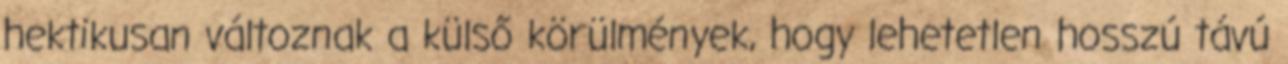
hektikusan változnak a külső körülmények, hogy lehetetlen hosszú távú